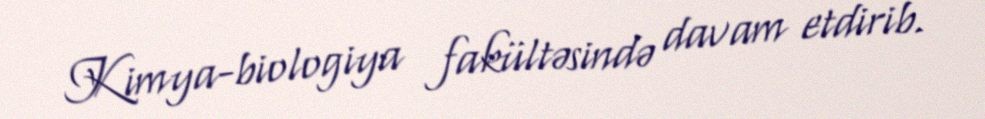
Kimya-biologiya fakültəsində davam etdirib.